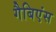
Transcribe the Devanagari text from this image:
गैबिएंस